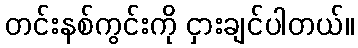
တင်းနစ်ကွင်းကို ငှားချင်ပါတယ်။